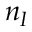
n _ { I }